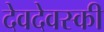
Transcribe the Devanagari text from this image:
देवदेवस्की